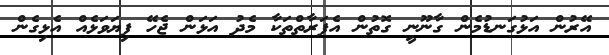
އޭރުން އަޅުގަނޑުމެން ގާނޫނީ ގޮތުން އެފަރާތްތަކާ މެދު އަޅަން ޖެހޭ ފިޔަވަޅެއް އެޅިގެން